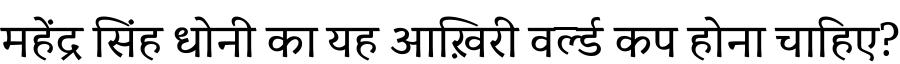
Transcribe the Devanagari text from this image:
महेंद्र सिंह धोनी का यह आख़िरी वर्ल्ड कप होना चाहिए?